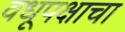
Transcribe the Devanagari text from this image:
वधूपक्षाचा